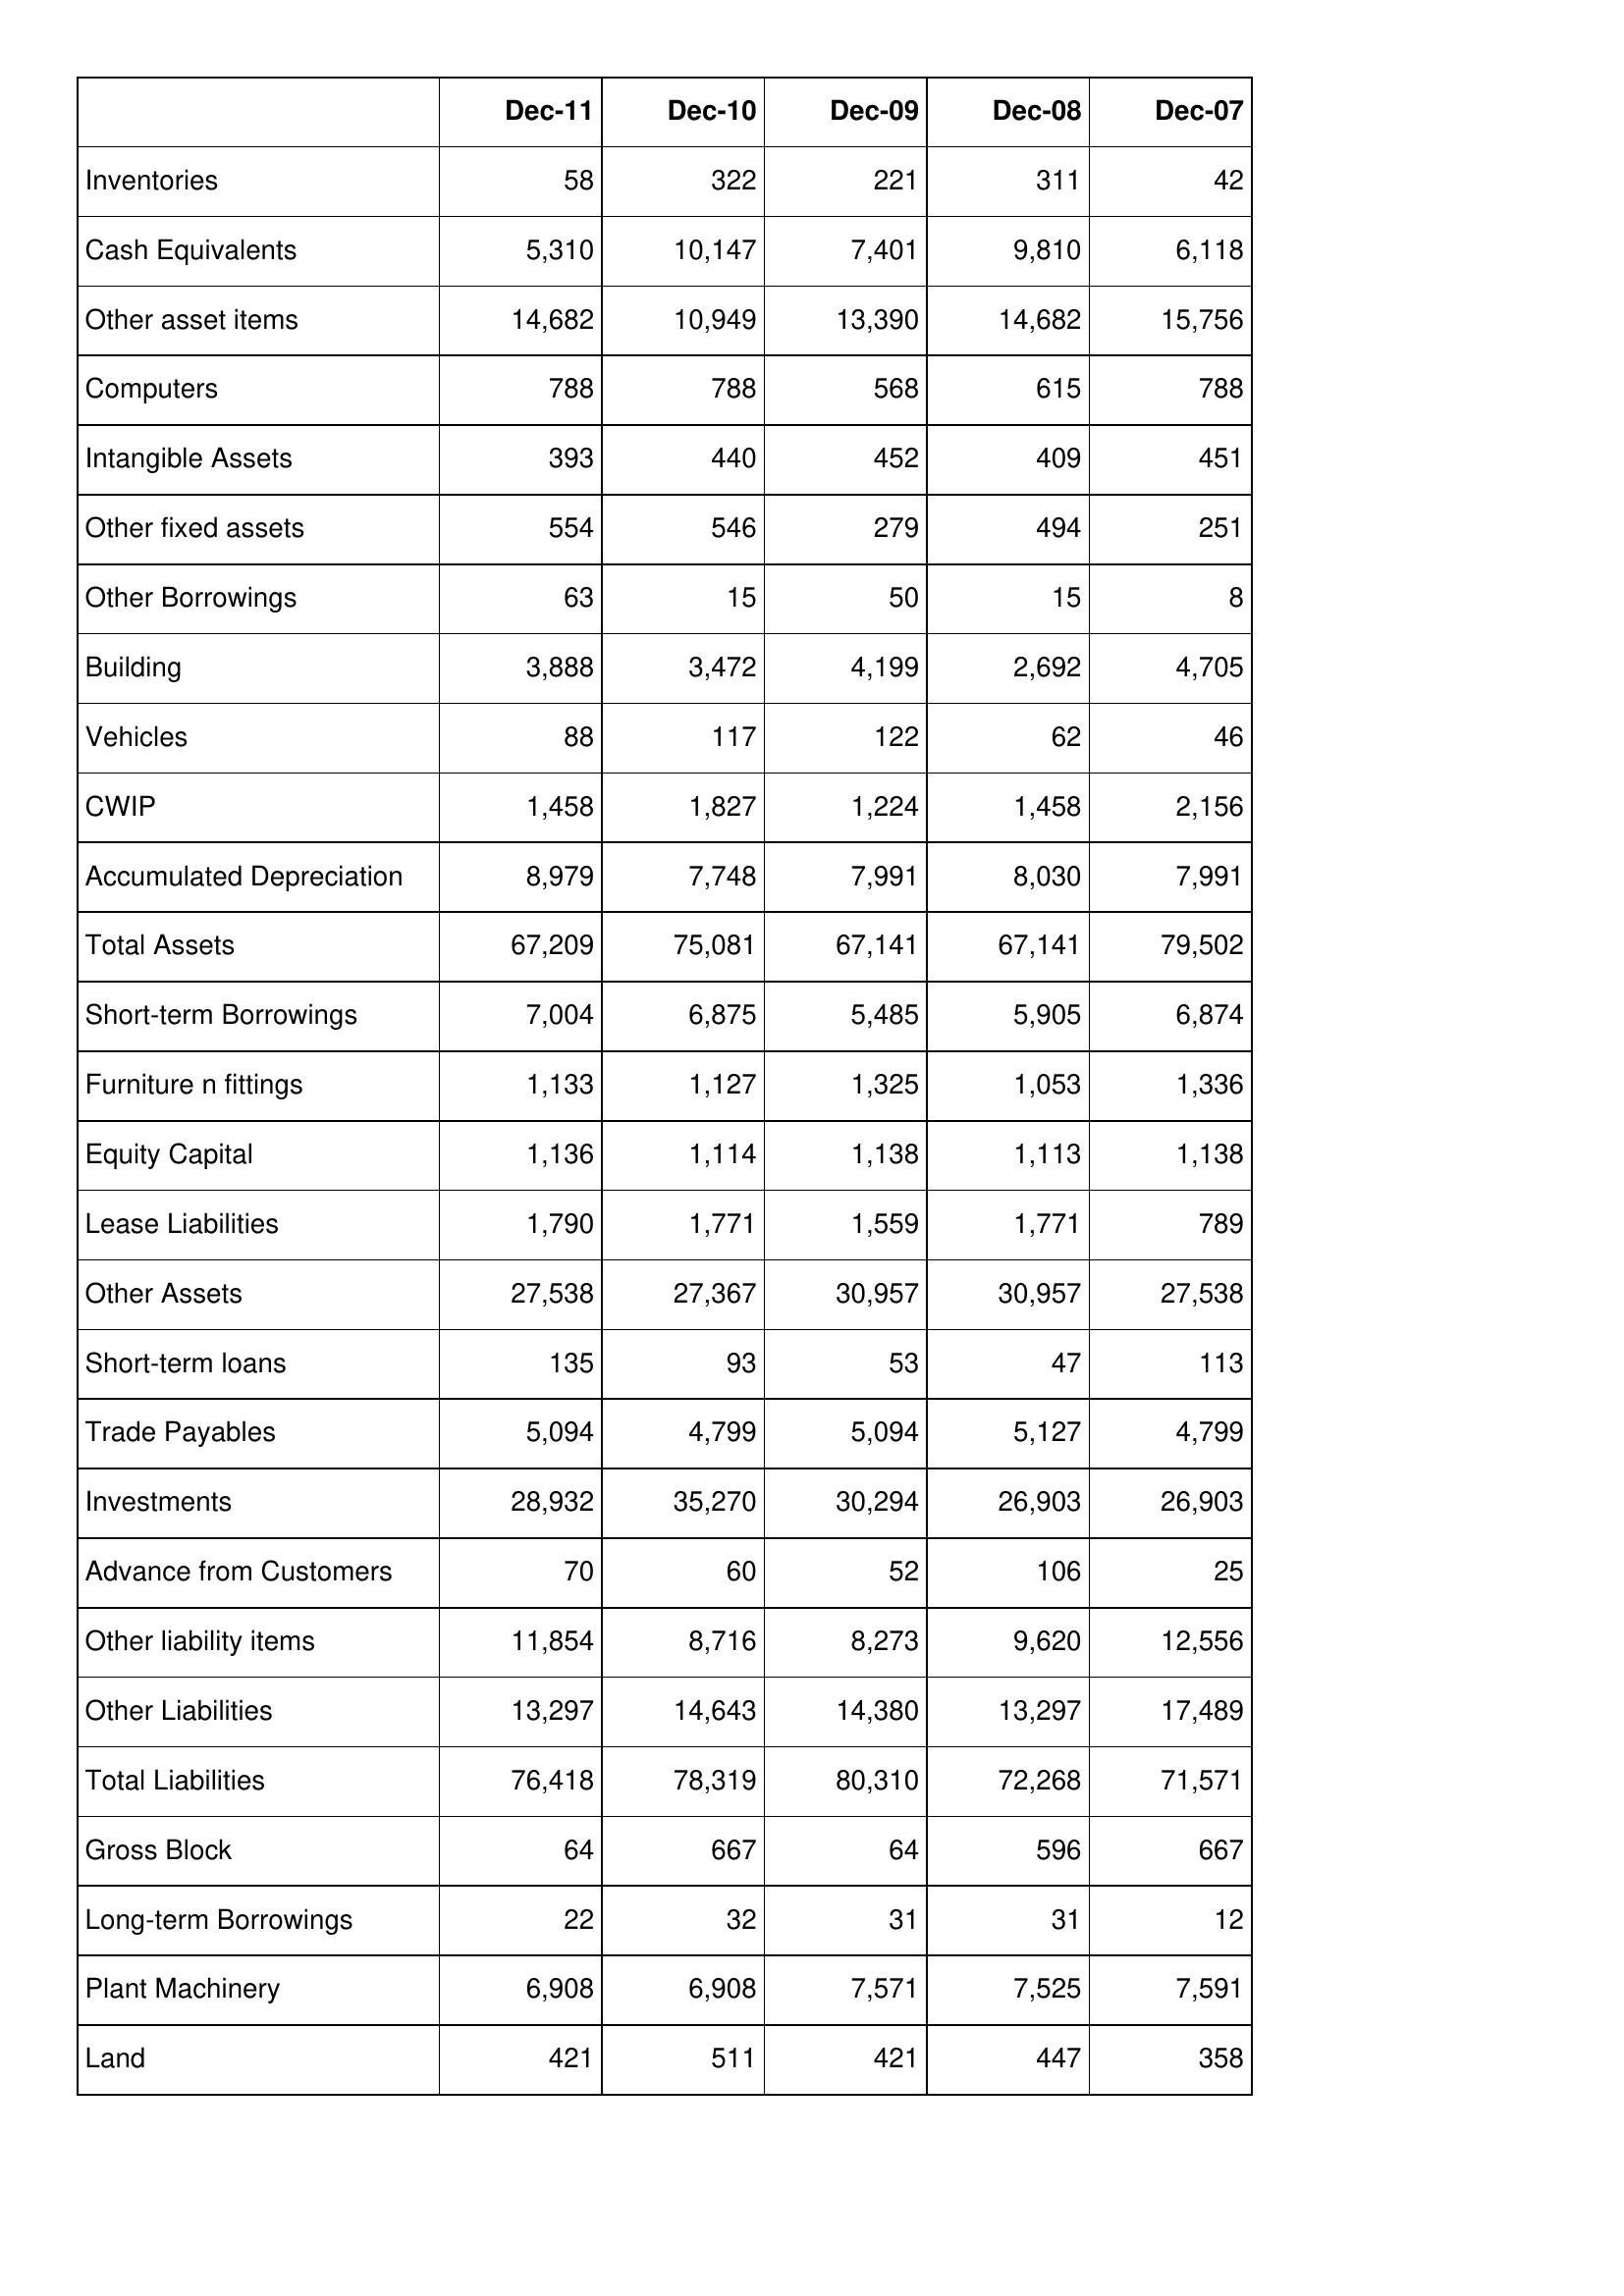
Dec-11: Balance Sheet: Inventories: 58
Cash Equivalents: 5,310
Other asset items: 14,682
Computers: 788
Intangible Assets: 393
Other fixed assets: 554
Other Borrowings: 63
Building: 3,888
Vehicles: 88
CWIP: 1,458
Accumulated Depreciation: 8,979
Total Assets: 67,209
Short-term Borrowings: 7,004
Furniture n fittings: 1,133
Equity Capital: 1,136
Lease Liabilities: 1,790
Other Assets: 27,538
Short-term loans: 135
Trade Payables: 5,094
Investments: 28,932
Advance from Customers: 70
Other liability items: 11,854
Other Liabilities: 13,297
Total Liabilities: 76,418
Gross Block: 64
Long-term Borrowings: 22
Plant Machinery: 6,908
Land: 421
Dec-10: Balance Sheet: Inventories: 322
Cash Equivalents: 10,147
Other asset items: 10,949
Computers: 788
Intangible Assets: 440
Other fixed assets: 546
Other Borrowings: 15
Building: 3,472
Vehicles: 117
CWIP: 1,827
Accumulated Depreciation: 7,748
Total Assets: 75,081
Short-term Borrowings: 6,875
Furniture n fittings: 1,127
Equity Capital: 1,114
Lease Liabilities: 1,771
Other Assets: 27,367
Short-term loans: 93
Trade Payables: 4,799
Investments: 35,270
Advance from Customers: 60
Other liability items: 8,716
Other Liabilities: 14,643
Total Liabilities: 78,319
Gross Block: 667
Long-term Borrowings: 32
Plant Machinery: 6,908
Land: 511
Dec-09: Balance Sheet: Inventories: 221
Cash Equivalents: 7,401
Other asset items: 13,390
Computers: 568
Intangible Assets: 452
Other fixed assets: 279
Other Borrowings: 50
Building: 4,199
Vehicles: 122
CWIP: 1,224
Accumulated Depreciation: 7,991
Total Assets: 67,141
Short-term Borrowings: 5,485
Furniture n fittings: 1,325
Equity Capital: 1,138
Lease Liabilities: 1,559
Other Assets: 30,957
Short-term loans: 53
Trade Payables: 5,094
Investments: 30,294
Advance from Customers: 52
Other liability items: 8,273
Other Liabilities: 14,380
Total Liabilities: 80,310
Gross Block: 64
Long-term Borrowings: 31
Plant Machinery: 7,571
Land: 421
Dec-08: Balance Sheet: Inventories: 311
Cash Equivalents: 9,810
Other asset items: 14,682
Computers: 615
Intangible Assets: 409
Other fixed assets: 494
Other Borrowings: 15
Building: 2,692
Vehicles: 62
CWIP: 1,458
Accumulated Depreciation: 8,030
Total Assets: 67,141
Short-term Borrowings: 5,905
Furniture n fittings: 1,053
Equity Capital: 1,113
Lease Liabilities: 1,771
Other Assets: 30,957
Short-term loans: 47
Trade Payables: 5,127
Investments: 26,903
Advance from Customers: 106
Other liability items: 9,620
Other Liabilities: 13,297
Total Liabilities: 72,268
Gross Block: 596
Long-term Borrowings: 31
Plant Machinery: 7,525
Land: 447
Dec-07: Balance Sheet: Inventories: 42
Cash Equivalents: 6,118
Other asset items: 15,756
Computers: 788
Intangible Assets: 451
Other fixed assets: 251
Other Borrowings: 8
Building: 4,705
Vehicles: 46
CWIP: 2,156
Accumulated Depreciation: 7,991
Total Assets: 79,502
Short-term Borrowings: 6,874
Furniture n fittings: 1,336
Equity Capital: 1,138
Lease Liabilities: 789
Other Assets: 27,538
Short-term loans: 113
Trade Payables: 4,799
Investments: 26,903
Advance from Customers: 25
Other liability items: 12,556
Other Liabilities: 17,489
Total Liabilities: 71,571
Gross Block: 667
Long-term Borrowings: 12
Plant Machinery: 7,591
Land: 358